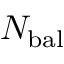
N _ { \mathrm { b a l } }